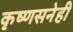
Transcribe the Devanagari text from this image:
कृष्णसनेही